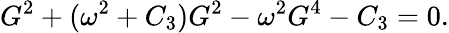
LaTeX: G^{2}+(\omega^{2}+C_{3})G^{2}-\omega^{2}G^{4}-C_{3}=0.